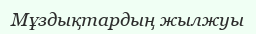
Мұздықтардың жылжуы